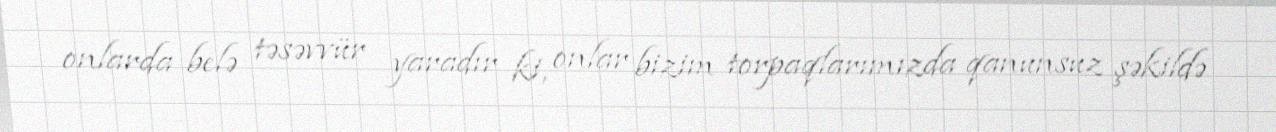
onlarda belə təsəvvür yaradır ki, onlar bizim torpaqlarımızda qanunsuz şəkildə